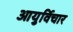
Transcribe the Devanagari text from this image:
आयुर्विचार